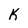
Character: k